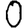
Digit: 0